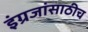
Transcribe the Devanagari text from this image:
इंग्रजांसाठीच